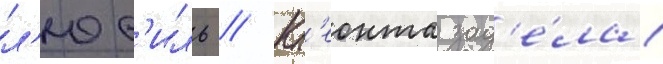
л'юс'иль // Кл'еонта зад'е́ла